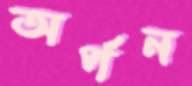
অর্পন